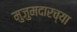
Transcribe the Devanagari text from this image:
मुजुमदारच्या